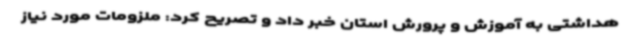
هداشتی به آموزش و پرورش استان خبر داد و تصریح کرد: ملزومات مورد نیاز